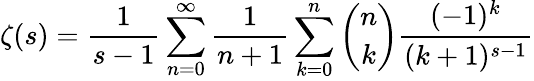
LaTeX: \zeta(s)={\frac{1}{s-1}}\sum_{n=0}^{\infty}{\frac{1}{n+1}}\sum_{k=0}^{n}{\binom{n}{k}}{\frac{(-1)^{k}}{(k+1)^{s-1}}}